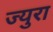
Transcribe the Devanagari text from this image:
ज्युरा